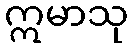
ဣမာသု